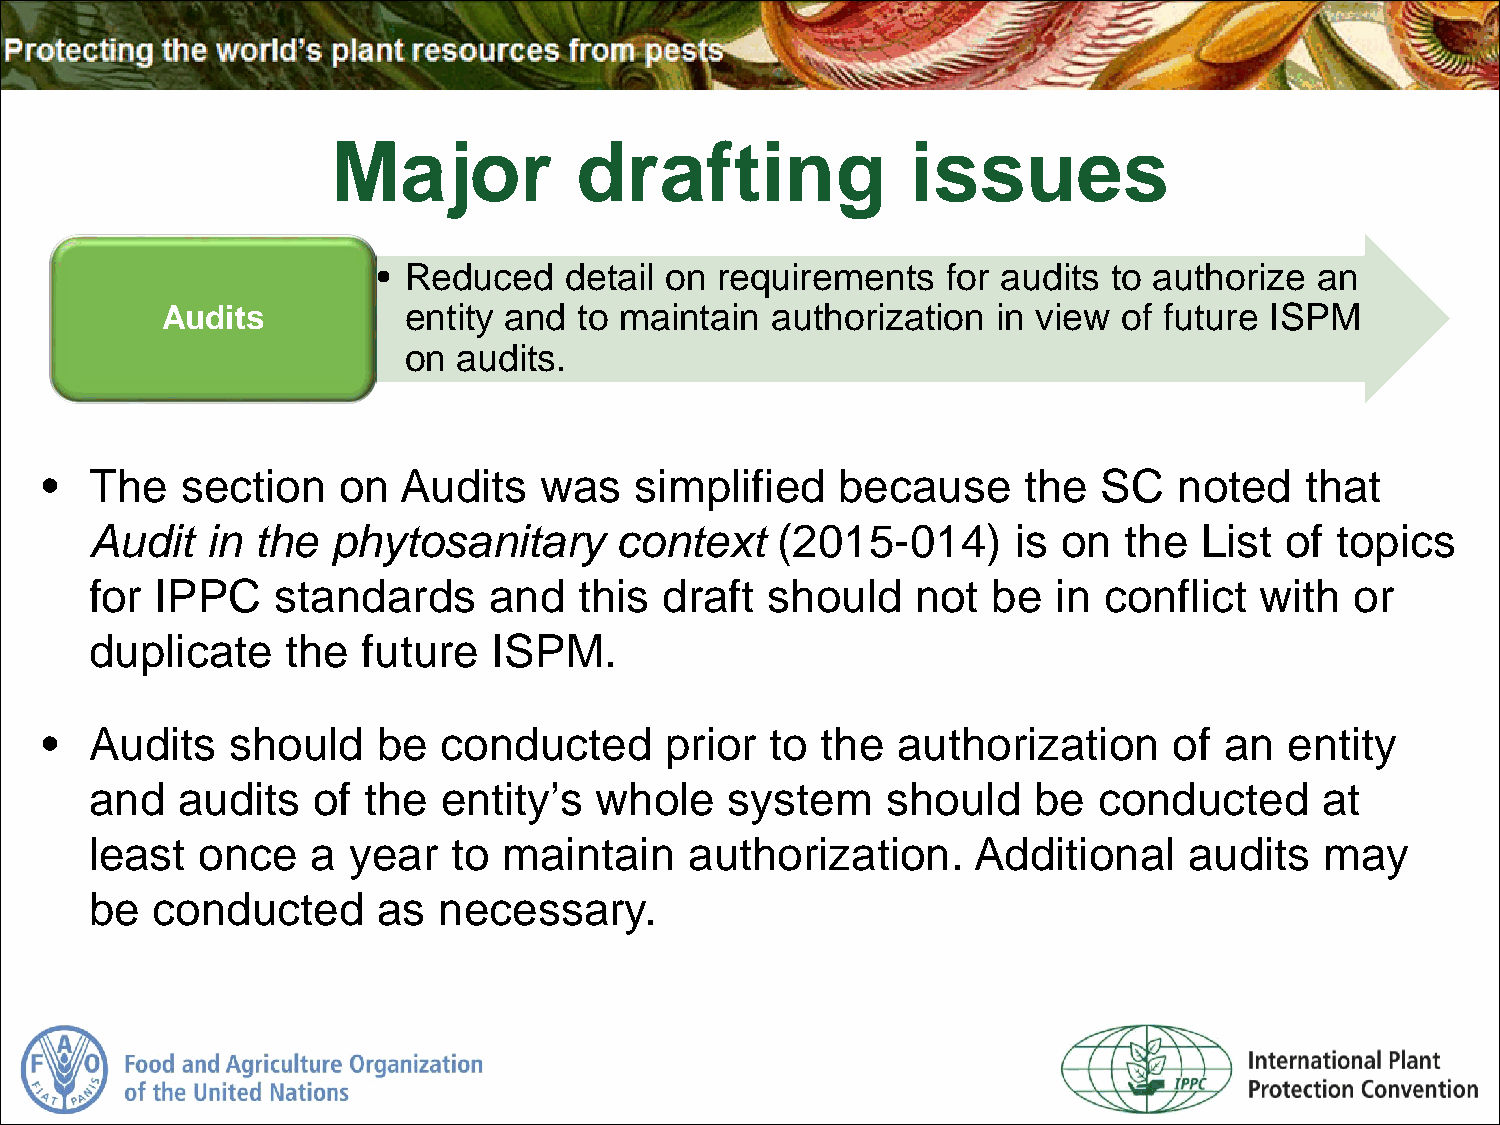
Major           drafting              issues
 • Reduced   detail on requirements    for audits to authorize an
 Audits          entity and to maintain  authorization  in view of future ISPM
 on audits.
 •  The   section   on  Audits    was   simplified   because      the  SC   noted   that
 Audit   in the  phytosanitary      context   (2015-014)      is on  the  List  of topics
 for IPPC    standards     and   this  draft  should    not  be  in conflict  with   or
 duplicate    the  future   ISPM.
 •  Audits   should    be  conducted      prior  to the  authorization      of an  entity
 and   audits   of the  entity’s  whole    system     should   be   conducted      at
 least  once    a year   to maintain     authorization.    Additional     audits   may
 be  conducted      as  necessary.